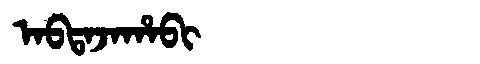
Manchu: ᠠᠪᡨᠠᠵᠠᡥᠠᠪᡳ
Romanization: ABTAJAHABI